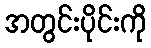
အတွင်းပိုင်းကို